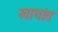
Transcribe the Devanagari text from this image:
खाचांत